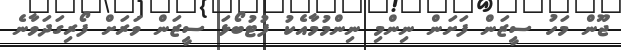
ޖޫން މަހު ސީޒަން ފަށަން ނިންމި ނިންމުމާއެކު ފުޓުބޯޅަ ސީޒަން ވަރަށް ފޯރިގަދަވާނެ